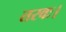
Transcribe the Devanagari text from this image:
तरवः।